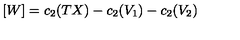
[ W ] = c _ { 2 } ( T X ) - c _ { 2 } ( V _ { 1 } ) - c _ { 2 } ( V _ { 2 } )